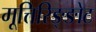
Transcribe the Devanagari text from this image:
मूत्तिरिङ्ङोट